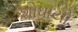
શોધાયો